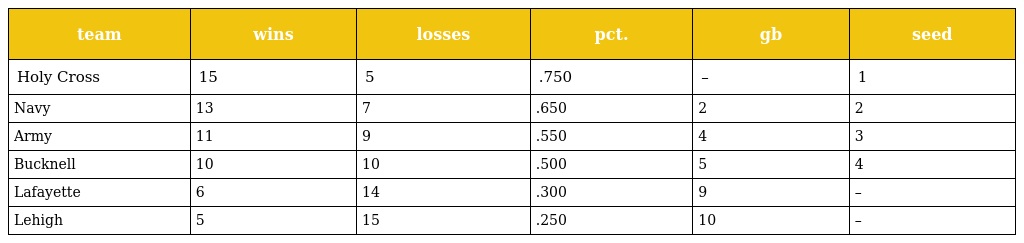
| team | wins | losses | pct. | gb | seed |
 | --- | --- | --- | --- | --- | --- |
 | Holy Cross | 15 | 5 | .750 | – | 1 |
 | Navy | 13 | 7 | .650 | 2 | 2 |
 | Army | 11 | 9 | .550 | 4 | 3 |
 | Bucknell | 10 | 10 | .500 | 5 | 4 |
 | Lafayette | 6 | 14 | .300 | 9 | – |
 | Lehigh | 5 | 15 | .250 | 10 | – |